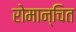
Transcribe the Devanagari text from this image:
रोमान्चित